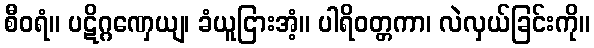
စီဝရံ။ ပဋိဂ္ဂဏှေယျ၊ ခံယူငြားအံ့။ ပါရိဝတ္တကာ၊ လဲလှယ်ခြင်းကို။